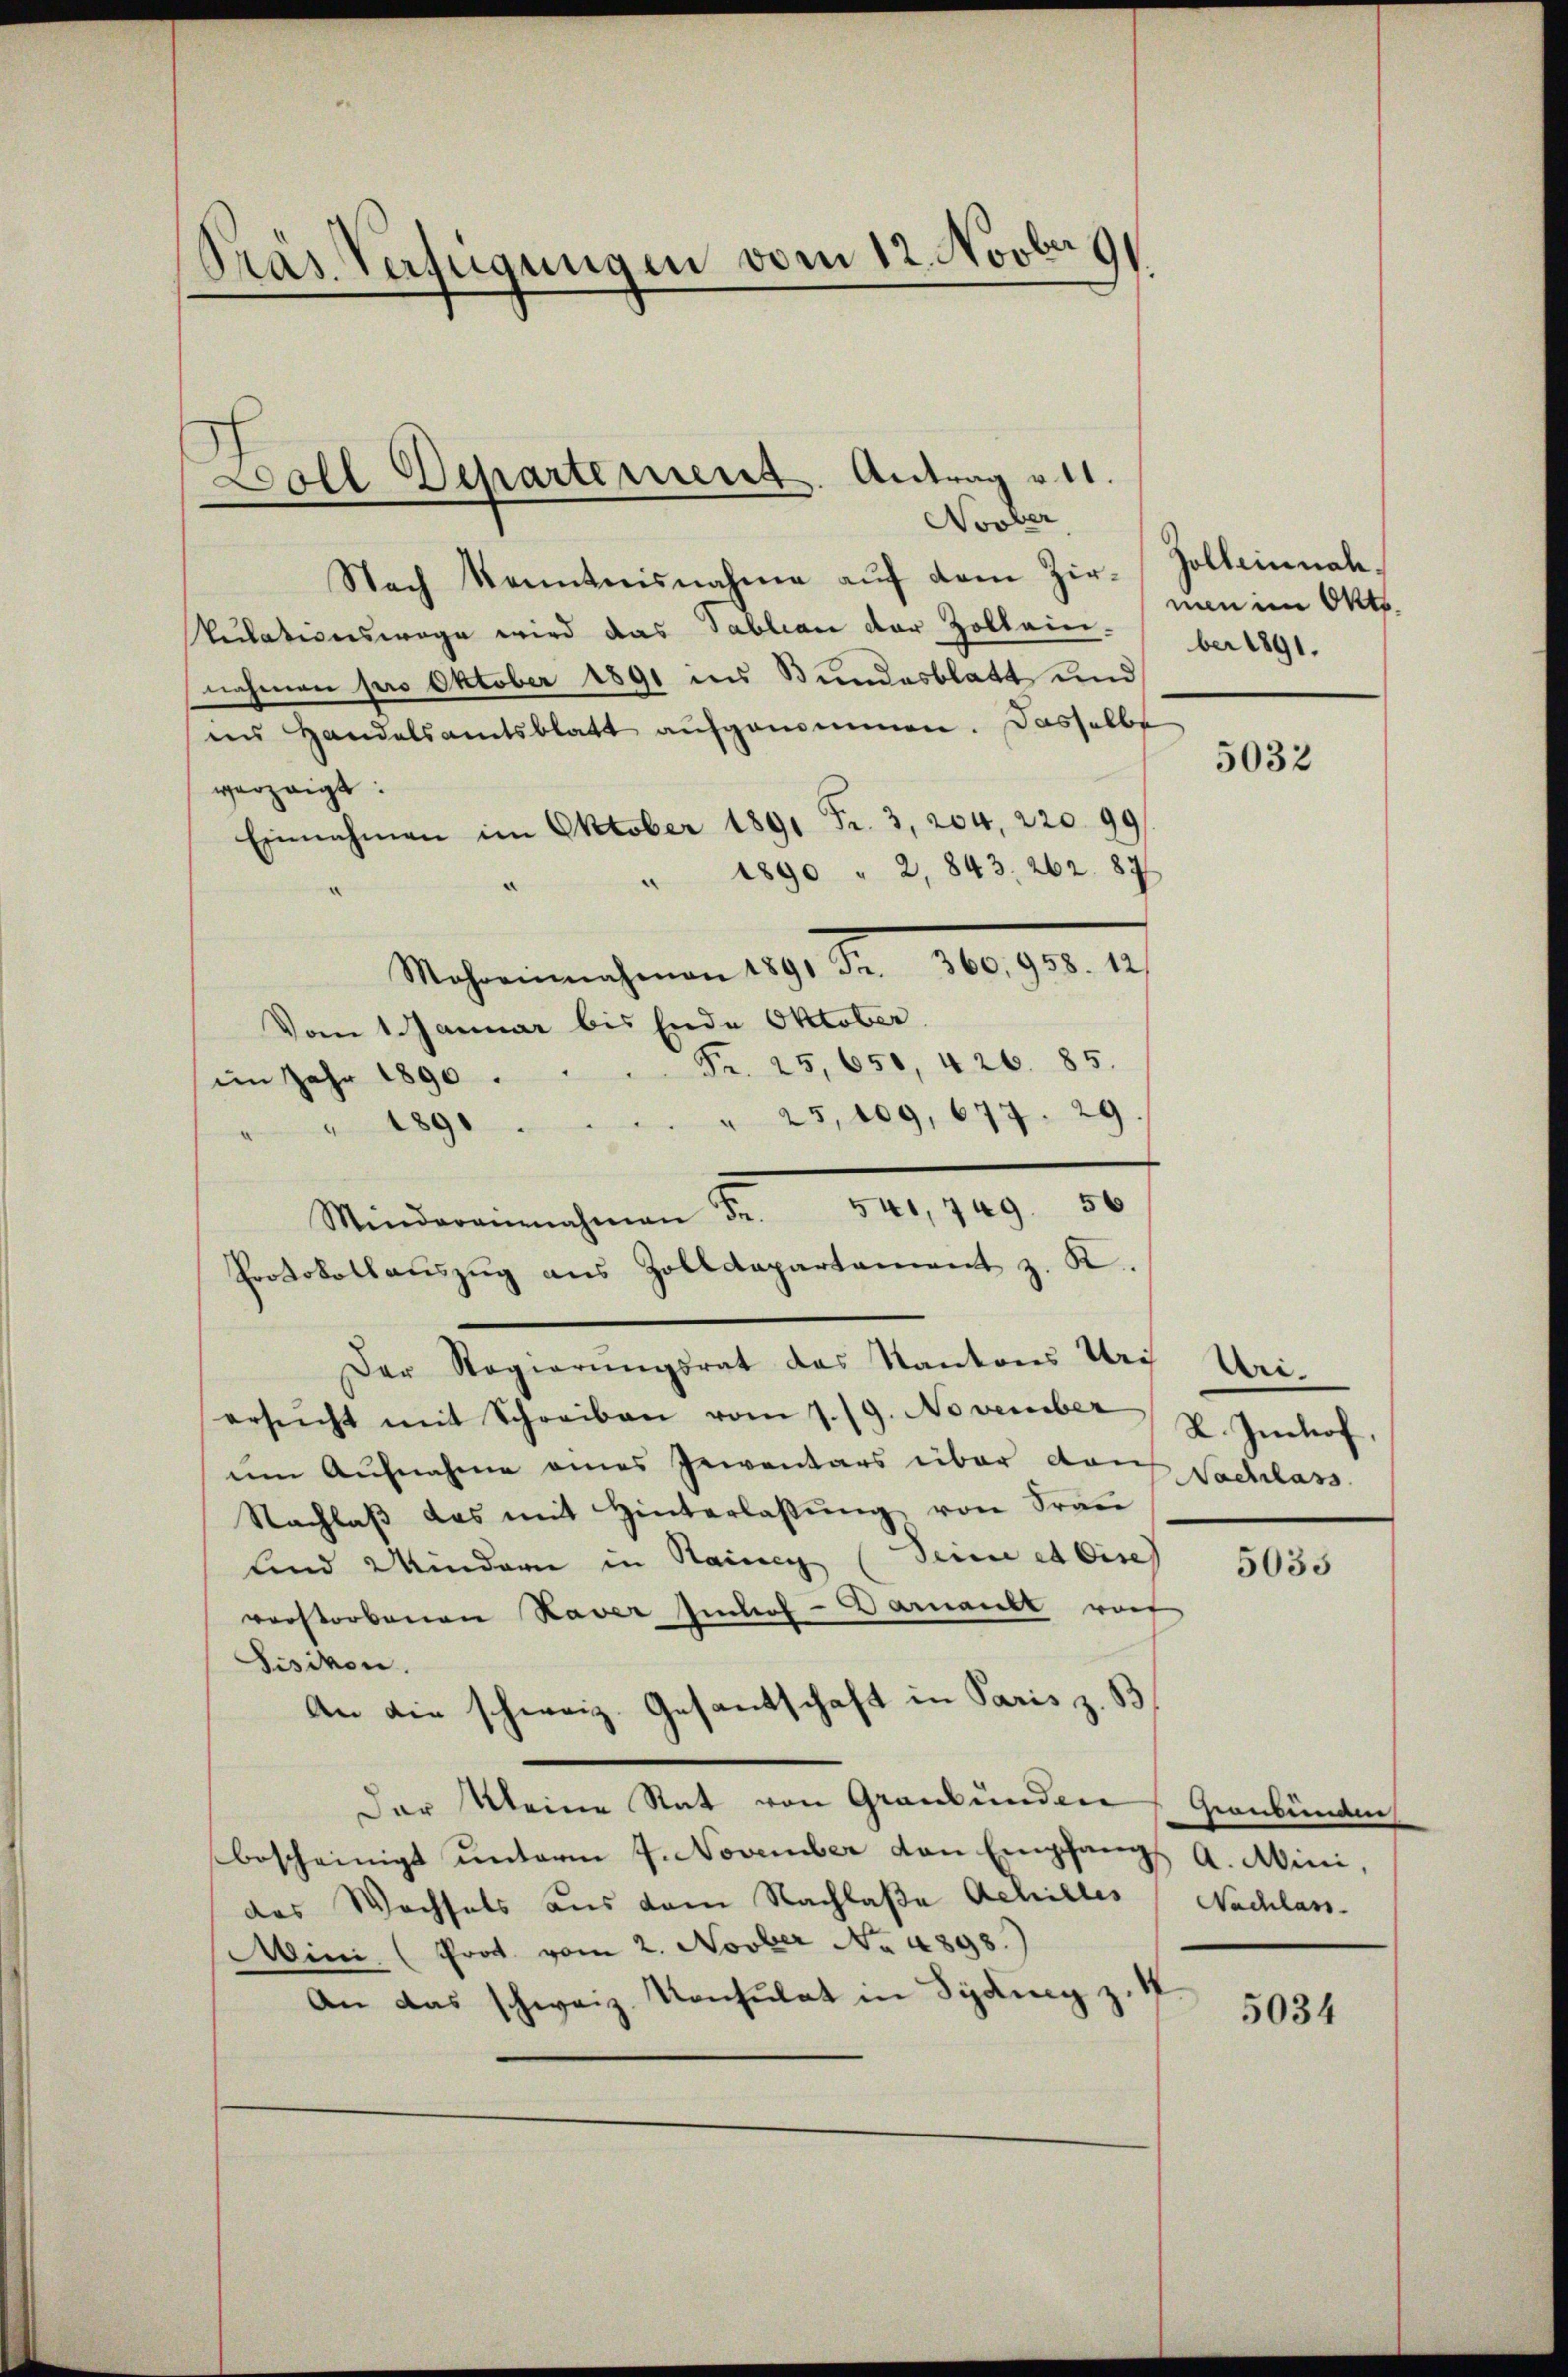
Pras Verfügungen vom 12. Novber 9

Nach Kenntnisnahme auf dem Zir-Zolleinnahkulationswage wird das Sablian der Zollein ber 1891.
nahmen pro Oktober 1891 ins Bundesblatt und
ins Handelsamtsblatt aufgenommen. Dasselbe
verzeigt:
Einnahmen im Oktober 1891 Fr. 3, 204, 220. 99
" 1890 " 2, 843. 262. 87
Mohrernahmen 119. Fr. 180. 90. 19
Vom 1 Januar bis Ende Oktober.
Fr. 25, 650, 426. 85.
im Jahr 1890.
" 25, 109, 677. 29
" 1891
Mindermachen 8. d. 149. 10
Protokollauszug aus Zolldepartement z. K.
Der Regierungsrat das Kantons Uri
ersŭcht mit Schreiben vom 7./9. November 2. Jenhof.
ŭm Aŭfnahme eines Gementars über das Sachlass
Nachlaβ das mit Hinterlassŭng von Fraŭ
sind Mindern in Rainen (Seine et bisch
vorstorbenen Haver Imhof-Darant vot
Sisikon.
An die schweiz. Gesantschaft in Paris z. B
Der Meine Rat von Graubünden (Graubünden
bescheinigt unterm 4. November den Empfangs A. Mini,
das Wochfals aus dem Nachlasse Achilles Nachlass
Mini. (Prot. vom 2. Novber No. 4898.)
An das schweiz. Konsulat in Syding z.

Boll Departement. Antrag v. 11.
Novber

men im Okt.

5032

Uri.

5035

5034